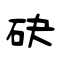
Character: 砄